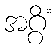
အဂ္ဂိံ